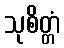
သုစိတ္တံ